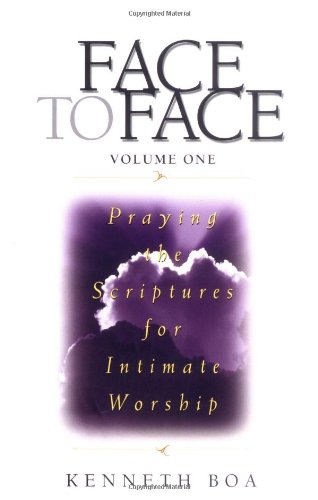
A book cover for Face to Face: Praying the Scriptures for Intimate Worship; Kenneth D. Boa; Christian Books & Bibles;